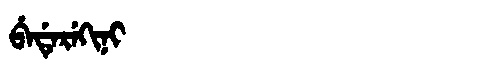
Manchu: ᠪᡝᡩᡝᡵᡝᡴᡳᠨᡳ
Romanization: BEDEREKINI